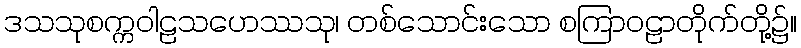
ဒသသုစက္ကဝါဠသဟေဿသု၊ တစ်သောင်းသော စကြာဝဠာတိုက်တို့၌။